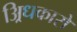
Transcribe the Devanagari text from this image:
अ्रिधकारों